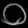
Digit: ၀